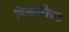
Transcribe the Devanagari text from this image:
पिकासोसह